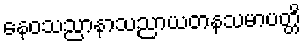
နေဝသညာနာသညာယတနသမာပတ္တိ